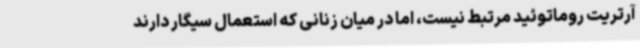
آرتریت روماتوئید مرتبط نیست، اما در میان زنانی که استعمال سیگار دارند